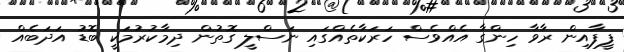
ފީފާއިން ރާވާ ހިންގާ އެއްވެސް ހަރަކާތެއްގައި ނަސްލީ ގޮތުން ދިމާކުރުމަކީ ބޮޑު އަދަބެއް